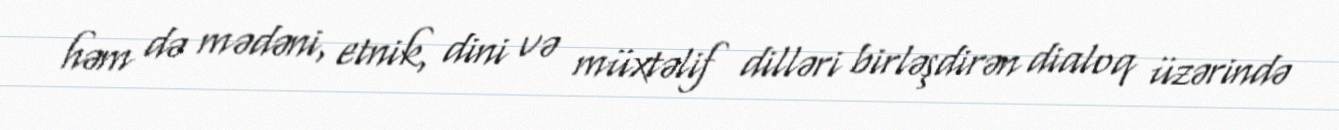
həm də mədəni, etnik, dini və müxtəlif dilləri birləşdirən dialoq üzərində